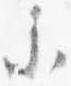
参